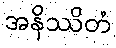
အနိဿိတံ